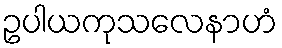
ဥပါယကုသလေနာဟံ